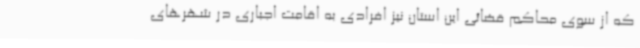
که از سوی محاکم قضائی این استان نیز افرادی به اقامت اجباری در شهرهای